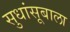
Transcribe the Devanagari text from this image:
सुधांसूबाला